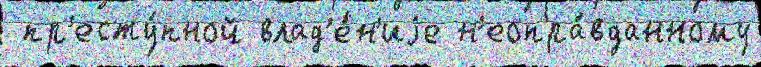
 пр'есту́пной влад'е́н'иjе н'еопра́вданному